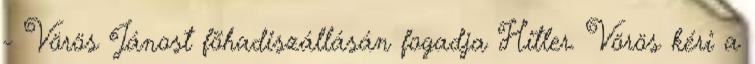
- Vörös Jánost fõhadiszállásán fogadja Hitler. Vörös kéri a